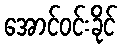
အောင်ဝင်းခိုင်